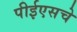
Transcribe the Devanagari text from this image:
पीईएसचे